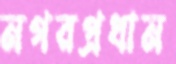
নগরপ্রধান